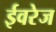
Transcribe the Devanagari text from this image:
ईवरेज